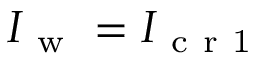
I _ { \mathrm { ~ w ~ } } = I _ { \mathrm { ~ c ~ r ~ 1 ~ } }